Report on sanitation, dispensaries, and jails in Rajputana for 1918, and on vaccination for the year 1918-1919 - 1918-1919
Year: 1918
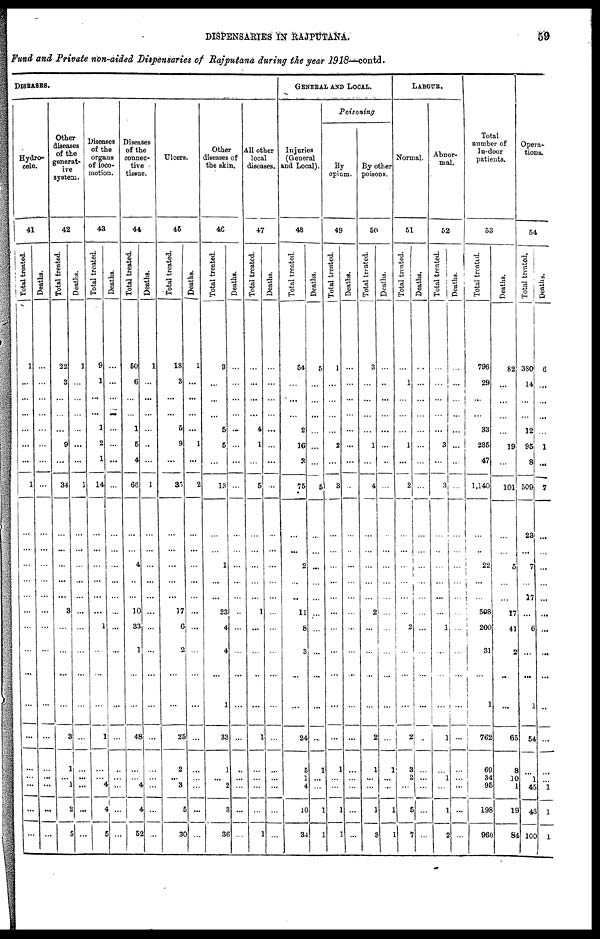
DISPENSARIES IN RAJPUTANA.
59
Fund and Private non-aided Dispensaries of Rajputana during the year 1918—contd.
DISEASES.
Hydro-
cele.
41
Total treated.
1
...
...
...
...
...
...
1
...
...
...
...
...
...
...
...
...
...
...
...
...
...
...
...
Deaths.
...
...
...
...
...
...
...
...
...
...
...
...
...
...
...
...
...
...
...
...
...
...
...
...
Other
diseases
of the
generat-
ive
system.
42
Total treated.
22
3
...
...
...
9
...
34
...
...
...
...
...
3
...
...
...
...
3
1
...
1
2
5
Deaths.
1
...
...
...
...
...
...
1
...
...
...
...
...
...
...
...
...
...
...
...
...
...
...
...
Diseases
of the
organs
of loco-
motion.
43
Total treated.
9
1
...
...
1
2
1
14
...
...
...
...
...
...
1
...
...
...
1
...
...
4
4
5
Deaths.
...
...
...
...
...
...
...
...
...
...
...
...
...
...
...
...
...
...
...
...
...
...
...
...
Diseases
of the
connec-
tive
tissue.
44
Total treated.
50
6
...
...
1
5
4
66
...
...
4
...
...
10
33
1
...
...
48
...
...
4
4
52
Deaths.
1
...
...
...
...
...
...
1
...
...
...
...
...
...
...
...
...
...
...
...
...
...
...
...
Ulcers.
45
Total treated.
18
3
...
...
5
9
...
35
...
...
...
...
...
17
6
2
...
...
25
2
...
3
5
30
Deaths.
1
...
...
...
...
1
...
2
...
...
...
...
...
...
...
...
...
...
...
...
...
...
...
...
Other
diseases of
the skin.
46
Total treated.
3
...
...
...
5
5
...
13
...
...
1
...
...
23
4
4
...
1
33
1
...
2
3
36
Deaths.
...
...
...
...
...
...
...
...
...
...
...
...
...
...
...
...
...
...
...
...
...
...
...
...
All other
local
diseases.
47
Total treated.
...
...
...
...
4
1
...
5
...
...
...
...
...
1
...
...
...
...
1
...
...
...
...
1
Deaths.
...
...
...
...
...
...
...
...
...
...
...
...
...
...
...
...
...
...
...
...
...
...
...
...
GENERAL AND LOCAL.
Injuries
(General
and Local).
48
Total treated.
54
...
...
...
2
16
3
75
...
...
2
...
...
11
8
3
...
...
24
5
1
4
10
34
Deaths.
5
...
...
...
...
...
...
5
...
...
...
...
...
...
...
...
...
...
...
1
...
...
1
1
Poisoning
By
opium.
49
Total treated.
1
...
...
...
...
2
...
3
...
...
...
...
...
...
...
...
...
...
...
1
...
...
1
1
Deaths.
...
...
...
...
...
...
...
...
...
...
...
...
...
...
...
...
...
...
...
...
...
...
...
...
By other
poisons.
50
Total treated.
3
...
...
...
...
1
...
4
...
...
...
...
...
2
...
...
...
...
2
1
...
...
1
3
Deaths.
...
...
...
...
...
...
...
...
...
...
...
...
...
...
...
...
...
...
...
1
...
...
1
1
LABOUR.
Normal.
51
Total treated.
...
1
...
...
...
1
...
2
...
...
...
...
...
...
2
...
...
...
2
3
2
...
5
7
Deaths.
...
...
...
...
...
...
...
...
...
...
...
...
...
...
...
...
...
...
...
...
...
...
...
...
Abnor-
mal.
52
Total treated.
...
...
...
...
...
3
...
3
...
...
...
...
...
...
1
...
...
...
1
...
1
...
1
2
Deaths.
...
...
...
...
...
...
...
...
...
...
...
...
...
...
...
...
...
...
...
...
...
...
...
...
Total
number of
In-door
patients.
53
Total treated.
796
29
...
...
33
235
47
1,140
...
...
22
...
...
508
200
31
...
1
762
69
34
95
198
960
Deaths.
82
...
...
...
...
19
...
101
...
...
5
...
...
17
41
2
...
...
65
8
10
1
19
84
Opera-
tions.
54
Total treated.
380
14
...
...
12
95
8
509
23
...
7
...
17
...
6
...
...
1
54
...
1
45
46
100
Deaths.
6
...
...
...
...
1
...
7
...
...
...
...
...
...
...
...
...
...
...
...
...
1
1
1